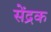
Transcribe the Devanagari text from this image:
सेंद्रक